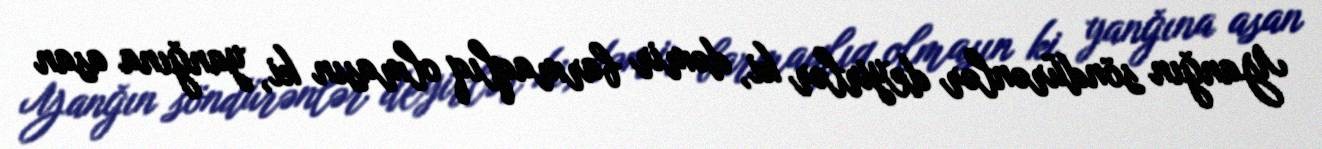
Yanğın söndürənlər deyirlər ki, dəmir barmaqlıq olmasın ki, yanğına asan